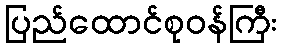
ပြည်ထောင်စုဝန်ကြီး